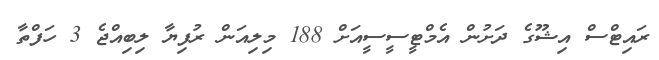
ރައިޓްސް އިޝޫގެ ދަށުން އެމްޓީސީސީއަށް 188 މިލިއަން ރުފިޔާ ލިބިއްޖެ 3 ހަފްތާ